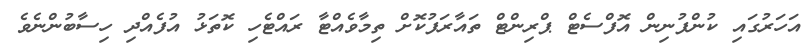
އަހަރުގައި ކުންފުނިން އޮފްސެޓް ޕްރިންޓް ތައާރަފުކޮށް ތިމާވެއްޓާ ރައްޓެހި ކޮތަޅު އުފެއްދި ހިސާބުންނެވެ